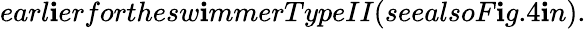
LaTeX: earl\mathbf{i}erforthesw\mathbf{i}mmerTypeII(seealsoF\mathbf{i}g.4\mathbf{i}n).